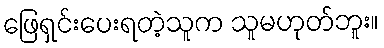
ဖြေရှင်းပေးရတဲ့သူက သူမဟုတ်ဘူး။